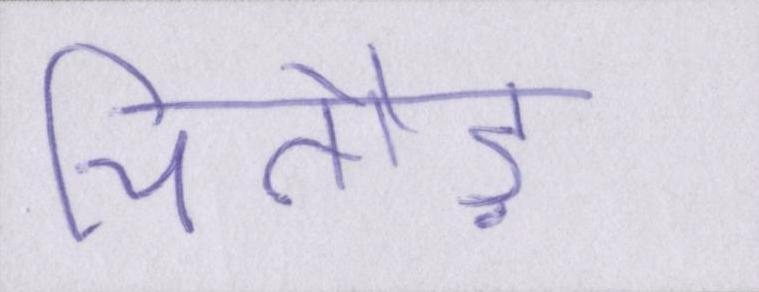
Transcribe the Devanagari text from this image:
चितौड़